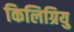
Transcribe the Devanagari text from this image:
किलिग्रियु